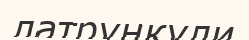
латрункули